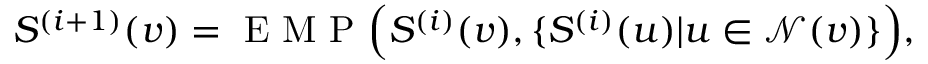
S ^ { ( i + 1 ) } ( v ) = \mathrm { ~ E ~ M ~ P ~ } \Big ( S ^ { ( i ) } ( v ) , \{ S ^ { ( i ) } ( u ) | u \in \mathcal { N } ( v ) \} \Big ) ,